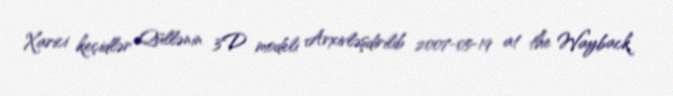
Xarici keçidlər Qüllənin 3D modeli Arxivləşdirilib 2007-05-19 at the Wayback